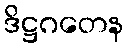
ဒိဋ္ဌဂတေန